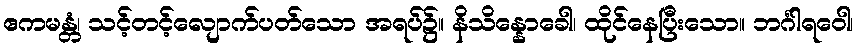
ဧကမန္တံ၊ သင့်တင့်လျောက်ပတ်သော အရပ်၌။ နိသိန္နောခေါ၊ ထိုင်နေပြီးသော။ ဘင်္ဂါရဝေါ၊